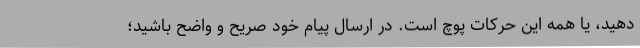
دهید، یا همه این حرکات پوچ است. در ارسال پیام خود صریح و واضح باشید؛